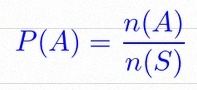
P(A)=\frac{n(A)}{n(S)}